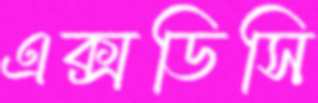
এক্সডিসি